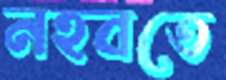
নহবতে